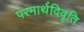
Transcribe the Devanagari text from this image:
परमार्थविवृति